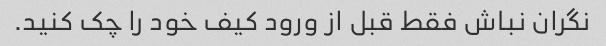
نگران نباش فقط قبل از ورود کیف خود را چک کنید.